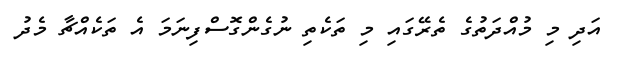
އަދި މި މުއްދަތުގެ ތެރޭގައި މި ތަކެތި ނުގެންގޮސްފިނަމަ އެ ތަކެއްޗާ މެދު